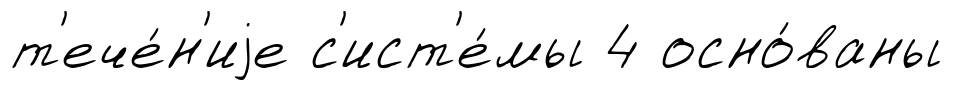
т'ече́н'иjе с'ист'е́мы 4 осно́ваны